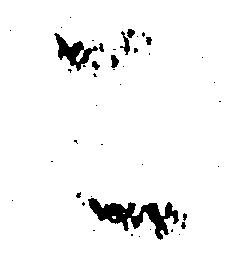
こ